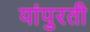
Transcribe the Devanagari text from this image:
यांपुरती